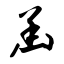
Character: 函